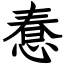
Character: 惷